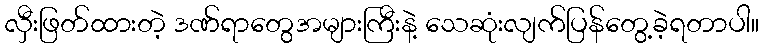
လှီးဖြတ်ထားတဲ့ ဒဏ်ရာတွေအများကြီးနဲ့ သေဆုံးလျက်ပြန်တွေ့ခဲ့ရတာပါ။